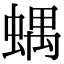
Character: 𧍪